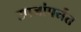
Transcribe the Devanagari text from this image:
उपजांपर्यंत